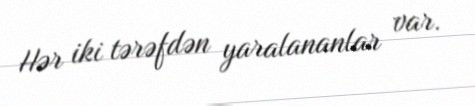
Hər iki tərəfdən yaralananlar var.